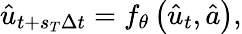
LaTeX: \hat{u}_{t+s_{T}\Delta t}=f_{\theta}\left(\hat{u}_{t},\hat{a}\right),